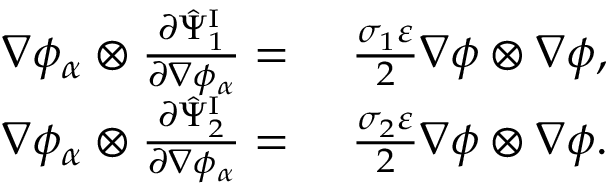
\begin{array} { r l } { \nabla \phi _ { \alpha } \otimes \frac { \partial \hat { \Psi } _ { 1 } ^ { \mathrm { I } } } { \partial \nabla \phi _ { \alpha } } = } & { { } ~ \frac { \sigma _ { 1 } \varepsilon } { 2 } \nabla \phi \otimes \nabla \phi , } \\ { \nabla \phi _ { \alpha } \otimes \frac { \partial \hat { \Psi } _ { 2 } ^ { \mathrm { I } } } { \partial \nabla \phi _ { \alpha } } = } & { { } ~ \frac { \sigma _ { 2 } \varepsilon } { 2 } \nabla \phi \otimes \nabla \phi . } \end{array}